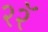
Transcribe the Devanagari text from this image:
२२ॅ